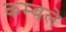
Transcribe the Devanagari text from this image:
कम्बले